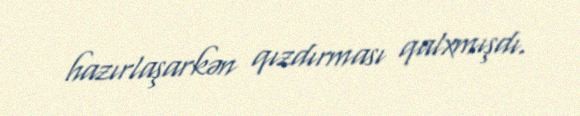
hazırlaşarkən qızdırması qalxmışdı.